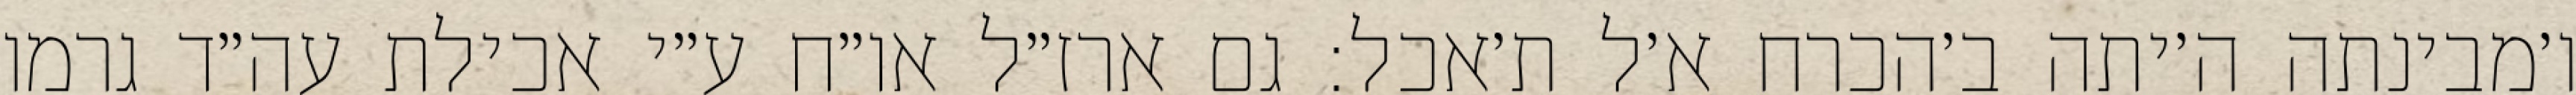
ו׳מבינתה ה׳יתה ב׳הכרח א׳ל ת׳אכל: גם ארז״ל או״ח ע״י אכילת עה״ד גרמו